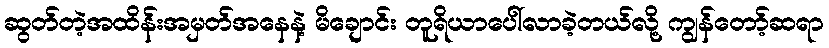
ဆွတ်တဲ့အထိန်းအမှတ်အနေနဲ့ မိချောင်း တူရိယာပေါ်လာခဲ့တယ်လို့ ကျွန်တော့်ဆရာ